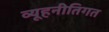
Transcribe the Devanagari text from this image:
व्यूहनीतिगत